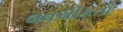
લવચીકતા